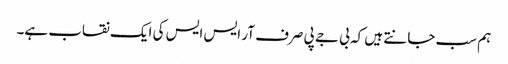
ہم سب جانتے ہیں کہ بی جے پی صرف آر ایس ایس کی ایک نقاب ہے۔